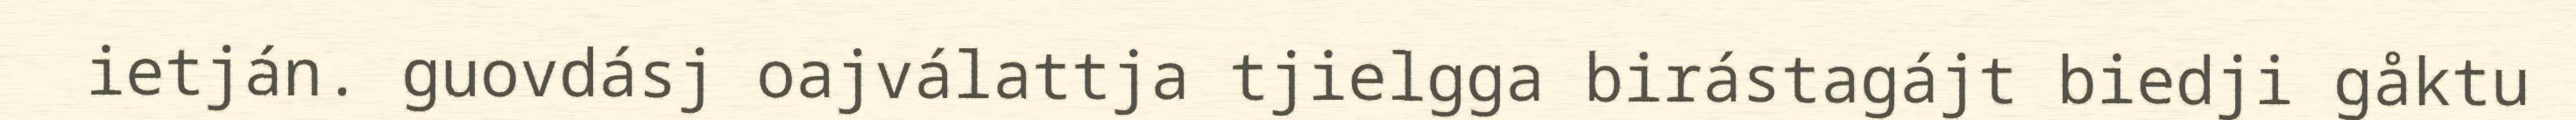
ietján. guovdásj oajválattja tjielgga birástagájt biedji gåktu